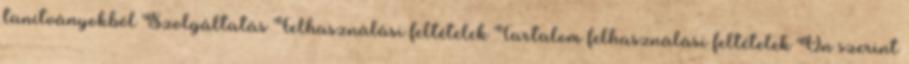
tanítványokból Szolgáltatás Felhasználási feltételek Tartalom felhasználási feltételek Ön szerint